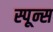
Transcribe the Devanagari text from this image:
स्पून्स